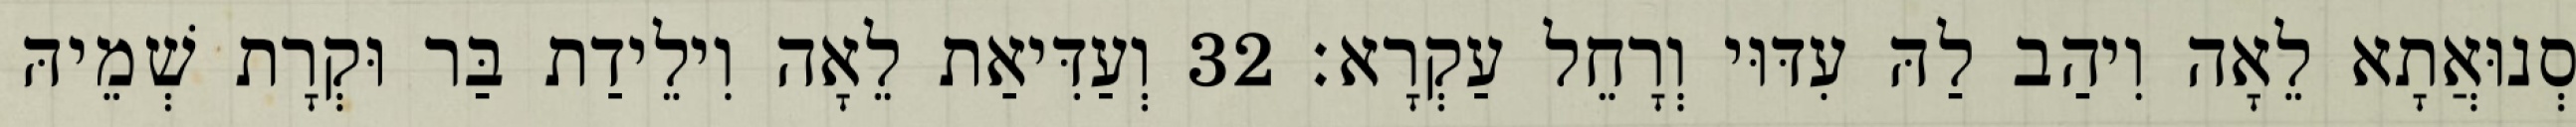
סְנוּאֲתָא לֵאָה וִיהַב לַהּ עִדּוּי וְרָחֵל עַקְרָא׃ 32 וְעַדִּיאַת לֵאָה וִילֵידַת בַּר וּקְרָת שְׁמֵיהּ